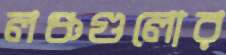
লঞ্চগুলোর